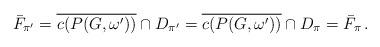
LaTeX: \begin{align*}\bar{F}_{\pi'}=\overline{c(P(G,\omega'))}\cap D_{\pi'}=\overline{c(P(G,\omega'))}\cap D_\pi=\bar{F}_\pi\,.\end{align*}